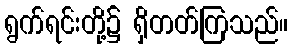
ရွက်ရင်းတို့၌ ရှိတတ်ကြသည်။